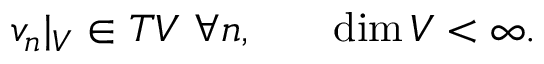
\begin{array} { l l } { { v _ { n } | _ { \cal V } \in { \cal T } { \cal V } \, \, \forall n , } } & { { \quad \mathrm { d i m } \, { \cal V } < \infty . } } \end{array}